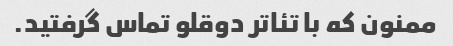
ممنون که با تئاتر دوقلو تماس گرفتید.